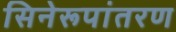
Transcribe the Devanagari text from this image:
सिनेरूपांतरण